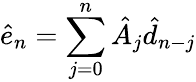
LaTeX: \hat{e}_{n}=\sum_{j=0}^{n}\hat{A}_{j}\hat{d}_{n-j}